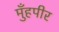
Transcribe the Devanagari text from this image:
मुँहपीर